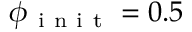
\phi _ { \mathrm { ~ i ~ n ~ i ~ t ~ } } = 0 . 5